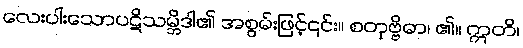
လေးပါးသောပဋိသမ္ဘိဒါ၏ အစွမ်းဖြင့်၎င်း။ စတုဗ္ဗိဓာ၊ ၏။ ဣတိ၊